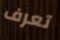
تعرف